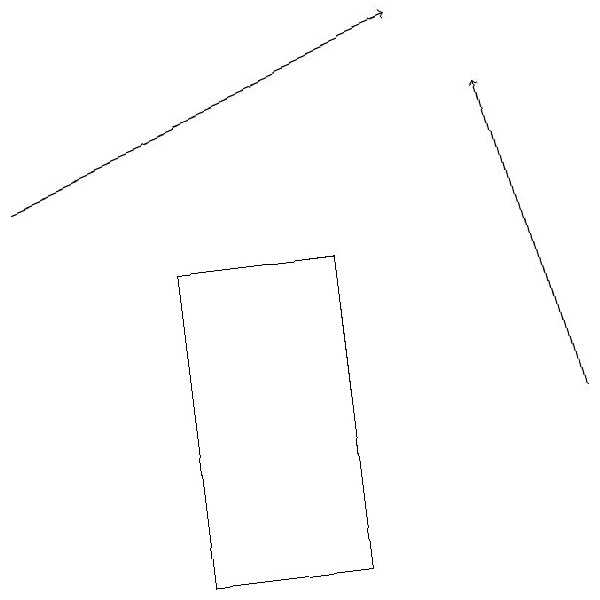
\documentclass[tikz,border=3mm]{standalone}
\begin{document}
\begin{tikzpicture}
\draw (6,14) rectangle (4,10);
\draw[->] (2,15) -- (7,17);
\draw[->] (9,12) -- (8,16);
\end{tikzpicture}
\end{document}